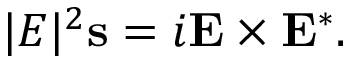
| E | ^ { 2 } \mathbf { s } = i \mathbf { E } \times \mathbf { E ^ { * } } .